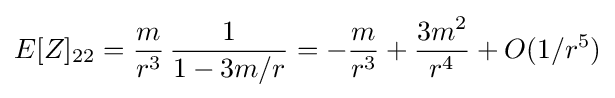
E[Z]_{22}={\frac {m}{r^{3}}}\,{\frac {1}{1-3m/r}}=-{\frac {m}{r^{3}}}+{\frac {3m^{2}}{r^{4}}}+O(1/r^{5})